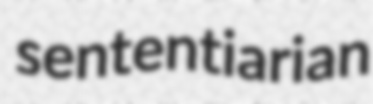
sententiarian